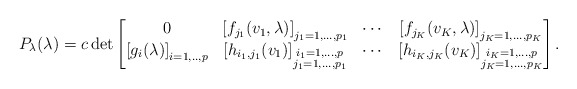
\begin{align*}P_\lambda(\lambda)=c\det\begin{bmatrix}0 & \left[f_{j_1}(v_1,\lambda)\right]_{j_1=1,...,p_1} & \cdots & \left[f_{j_K}(v_K,\lambda)\right]_{j_K=1,...,p_K}\\\left[g_i(\lambda)\right]_{i=1,..,p}& \left[h_{i_1,j_1}(v_1)\right]_{\substack{i_1=1,...,p\\j_1=1,...,p_1}} & \cdots & \left[h_{i_K,j_K}(v_K)\right]_{\substack{i_K=1,...,p\\j_K=1,...,p_K}}\end{bmatrix}.\end{align*}